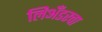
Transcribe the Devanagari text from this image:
लिअँडरचा